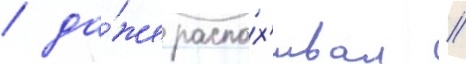
/ да́же распа́х'ивал /